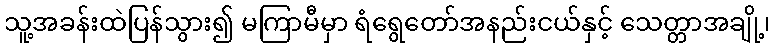
သူ့အခန်းထဲပြန်သွား၍ မကြာမီမှာ ရံရွေတော်အနည်းငယ်နှင့် သေတ္တာအချို့၊